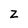
Character: Z